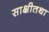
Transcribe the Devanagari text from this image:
साक्षीतथा